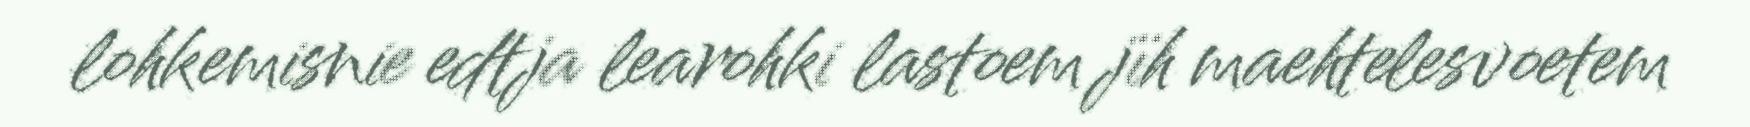
lohkemisnie edtja learohki lastoem jïh maehtelesvoetem